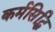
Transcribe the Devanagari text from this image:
कर्मसिद्धि